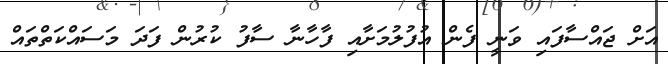
އަށް ޖައްސާފައި ވަނީ ފެން އުފުލުމަށާއި ފާހާނާ ސާފު ކުރުން ފަދަ މަސައްކަތްތައް